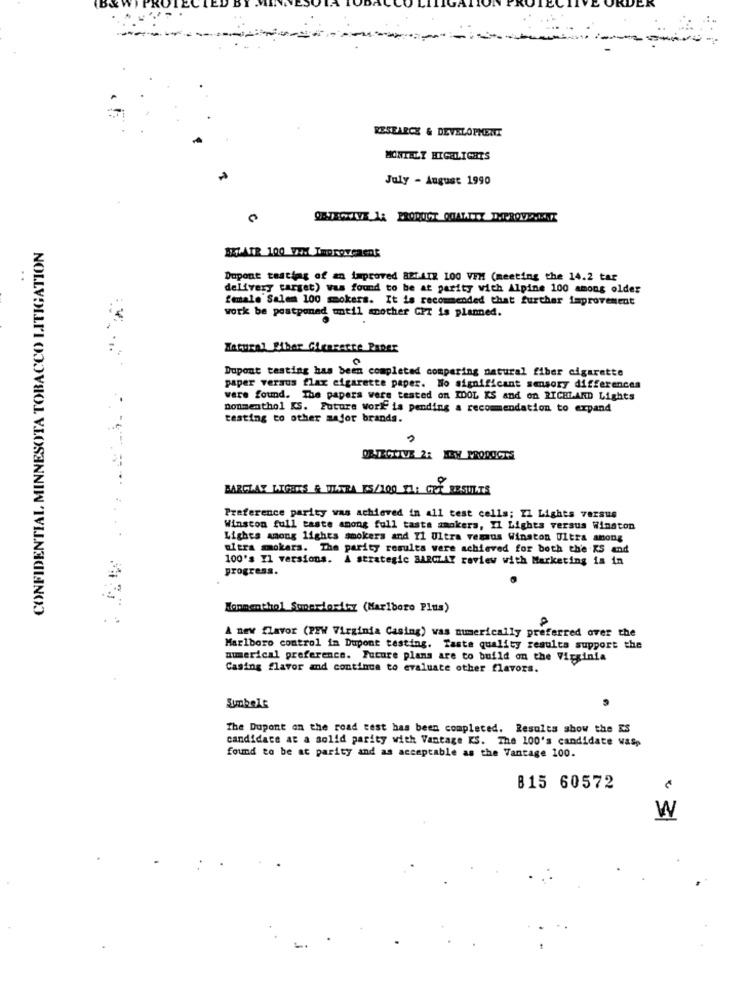
RESEARCH & DEVELOPMENT
MONTHLY HIGHLIGHTS
July - August 1990
CONFIDENTIAL MINNESOTA TOBACCO LITIGATION
WIATR 100 VAM Improvement
..
Dupont testing of an improved BELAIR 100 VEM (meeting the 14.2 tar
delivery target) was found to be at parity with Alpine 100 among older
female Salem 100 smokers. It is recommended that further improvement
work be postponed until another CPT is planned.
Natural Siber Glencerte Paper
Dupont testing has been completed comparing natural fiber cigarette
paper versus flax cigarette paper. No significant sensory differences
were found. The papers were tested on IDOL KS and on RICHLAND Lights
Donmenthol KS. Future Work is pending a recommendation to expand
testing to other major brands.
BARCLAY LIGERS & ULTRA 55/100 ML; CRE RESULTS
Preference parity was achieved in all test cells; Il Lights 7828us
Winston full taste among full taste smokers, Il Lights versus Winston
Lights among lighes smokers and 11 Ultra vemsus Winston Ultra among
ultra smokers. The parity results were achieved for both the KS and
100's TI versions. A strategic BARCLAY review with Marketing is in
progress.
Hopmenthol Superiority (Marlboro Plus)
A new flavor (PEW Virginia Casing) was mmerically preferred over the
Marlboro control im Dupont testing. Taste quality results support the
numerical preference. Future plans are to build on the Virginia
Casing flavor and continue to evaluate other flavors.
The Dupont on the road test has been completed. Results show the ES
candidate at a solid parity with Vantage KS. The 100's candidate wasp
found to be at parity and as acceptable as the Vantage 100.
B15 60572
W